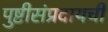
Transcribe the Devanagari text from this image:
पुष्टीसंप्रदायची